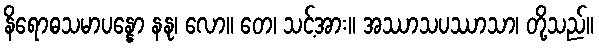
နိရောဓသမာပန္နော နနု၊ လော။ တေ၊ သင့်အား။ အဿာသပဿာသာ၊ တို့သည်။